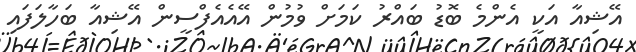
އޭޝިއާ އަކީ އެންމެ ބޮޑު ބައްރު ކަމަށް ވުމުން އޭއެއެފްސީން އޭޝިއާ ބަހާލަފައި